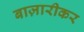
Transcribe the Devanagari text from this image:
बाज़ारीकर